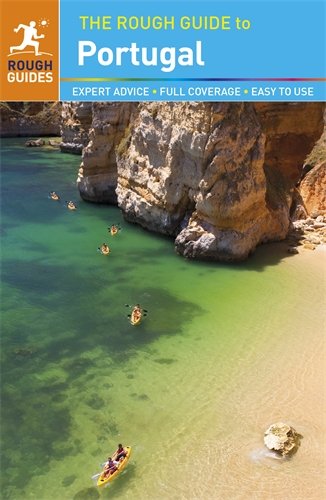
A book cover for The Rough Guide to Portugal; Rough Guides; Travel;